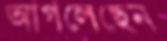
আগলেছেন